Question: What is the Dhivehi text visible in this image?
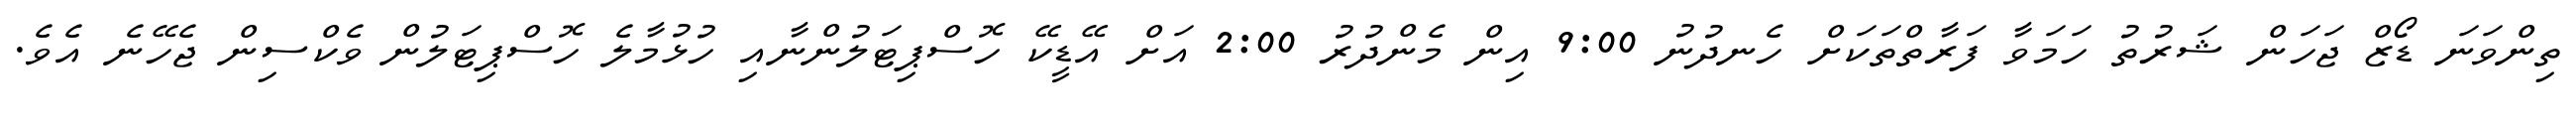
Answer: ތިންވަނަ ޑޯޒް ޖަހަން ޝަރުތު ހަމަވާ ފަރާތްތަކަށް ހެނދުނު 9:00 އިން މެންދުރު 2:00 އަށް އޭޑީކޭ ހޮސްޕިޓަލުންނާއި ހުޅުމާލެ ހޮސްޕިޓަލުން ވެކްސިން ޖެހޭނެ އެވެ.